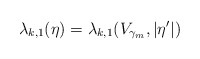
\begin{align*}\lambda_{k,1}(\eta) = \lambda_{k,1}(V_{\gamma_m}, |\eta'|)\end{align*}